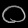
Digit: ၀